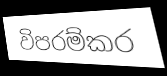
විපරම්කර